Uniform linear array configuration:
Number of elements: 48
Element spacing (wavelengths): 0.25
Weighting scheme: exponential
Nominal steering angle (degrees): -15
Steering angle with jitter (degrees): -16.466
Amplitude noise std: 0.05
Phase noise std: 0.05

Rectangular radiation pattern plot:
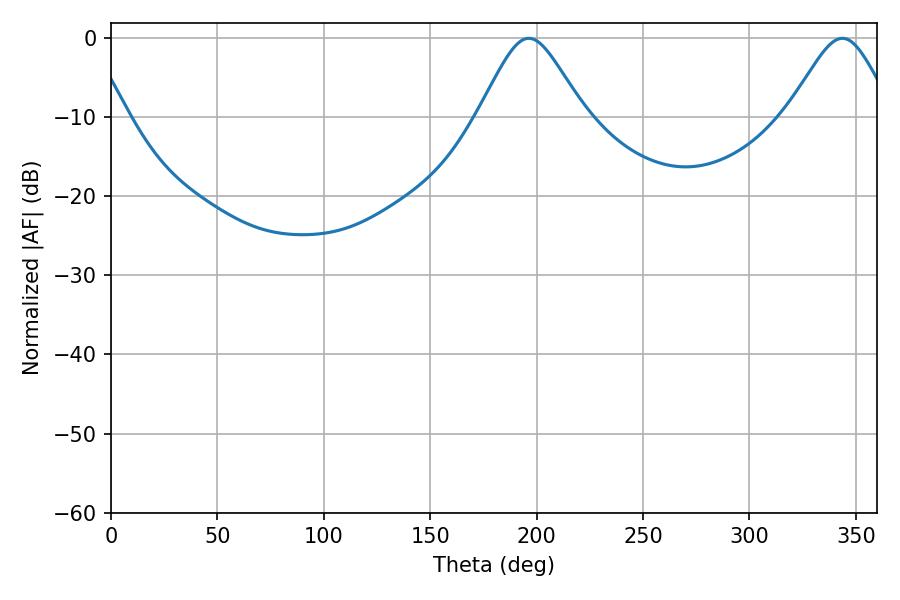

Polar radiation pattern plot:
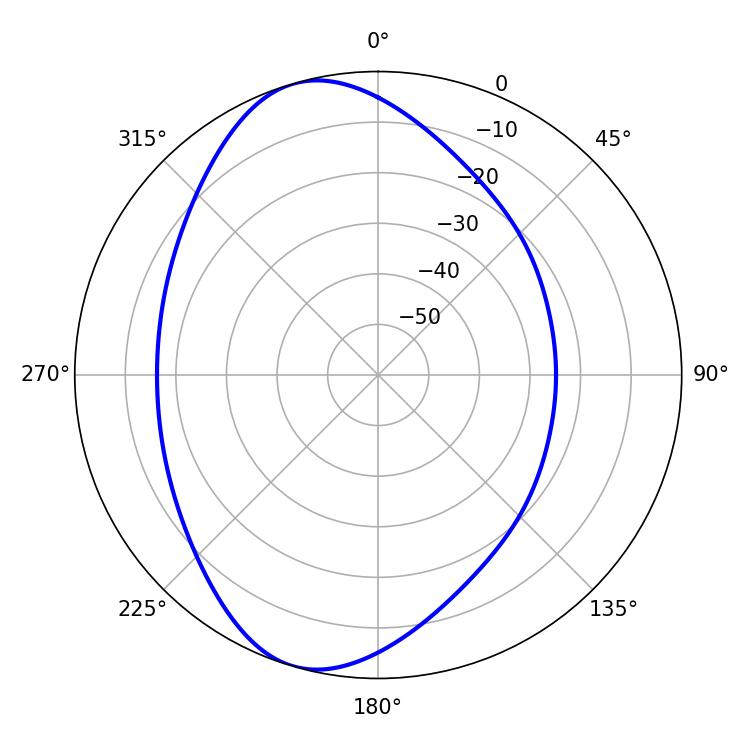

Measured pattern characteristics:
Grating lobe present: FALSE
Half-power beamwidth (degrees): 24.12
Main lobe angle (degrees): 196.38